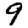
Digit: 9